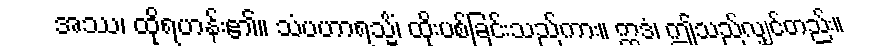
အဿ၊ ထိုရဟန်း၏။ သံပဟာရသ္မိံ၊ ထိုးပစ်ခြင်းသည်ကား။ ဣဒံ၊ ဤသည်လျှင်တည်း။